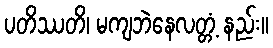
ပတိဿတိ၊ မကျဘဲနေလတ္တံ့ နည်း။